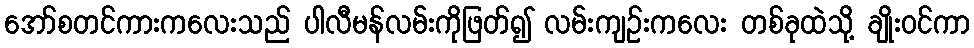
အော်စတင်ကားကလေးသည် ပါလီမန်လမ်းကိုဖြတ်၍ လမ်းကျဉ်းကလေး တစ်ခုထဲသို့ ချိုးဝင်ကာ